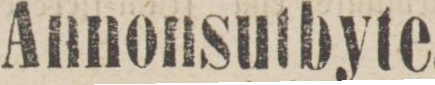
Annonsutbyte.